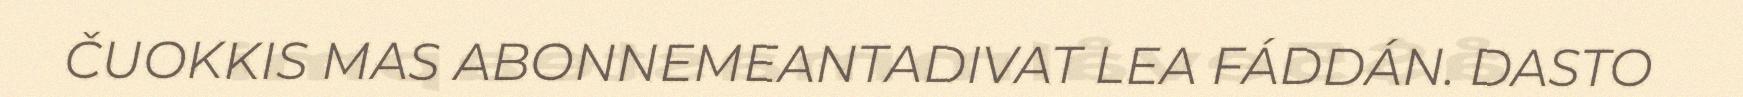
ČUOKKIS MAS ABONNEMEANTADIVAT LEA FÁDDÁN. DASTO